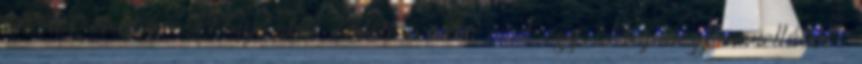
Péter említve: „Anyámból ömlött a vér, mint egy Hajnóczy-novellából”